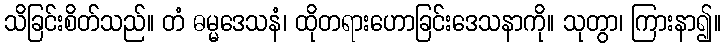
သိခြင်းစိတ်သည်။ တံ ဓမ္မဒေသနံ၊ ထိုတရားဟောခြင်းဒေသနာကို။ သုတွာ၊ ကြားနာ၍။